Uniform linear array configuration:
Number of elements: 32
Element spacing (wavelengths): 0.5
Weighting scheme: kaiser
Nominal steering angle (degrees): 30
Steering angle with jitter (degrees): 31.535
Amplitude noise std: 0.05
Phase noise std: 0.05

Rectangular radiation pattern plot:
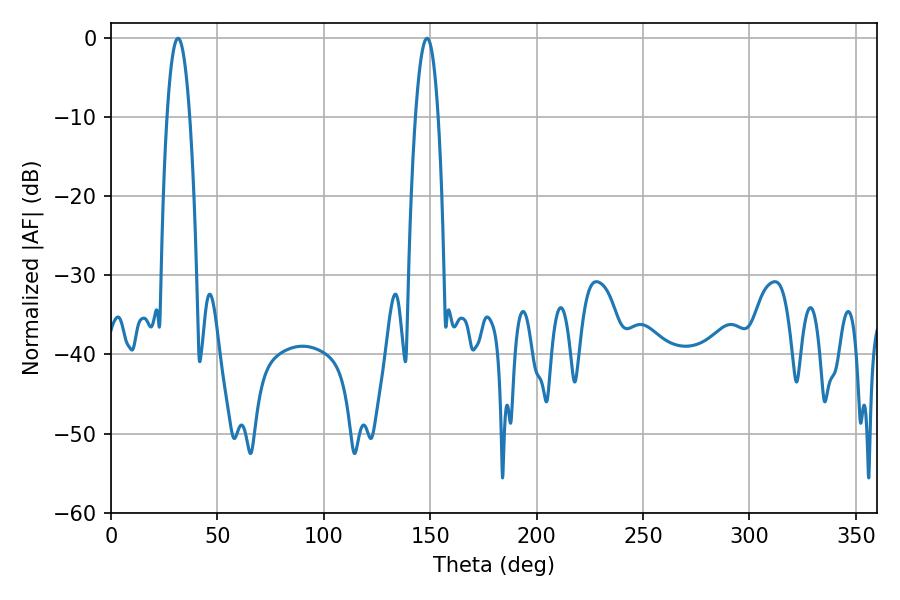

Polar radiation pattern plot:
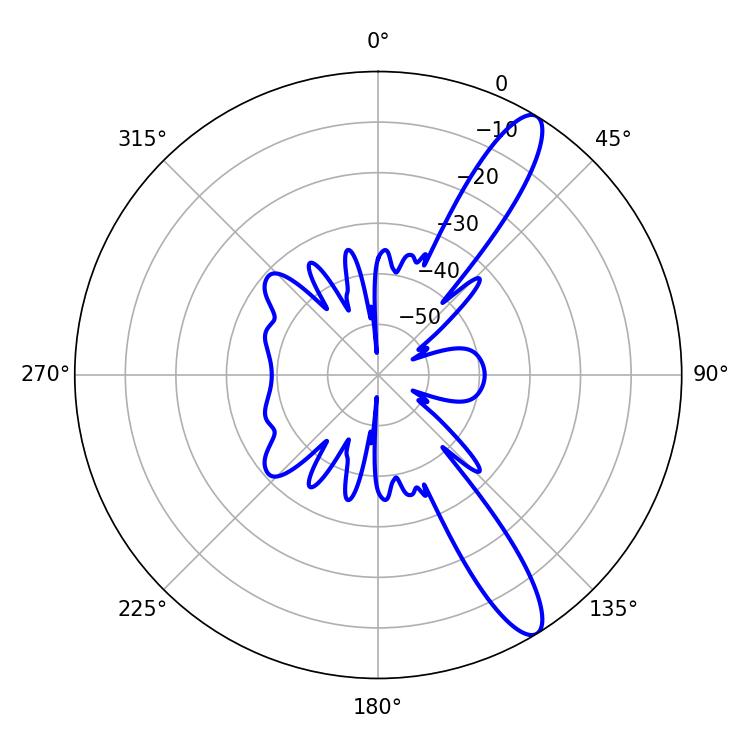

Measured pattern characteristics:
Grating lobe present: FALSE
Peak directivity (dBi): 12.377
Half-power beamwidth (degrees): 5.94
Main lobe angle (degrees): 31.5